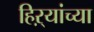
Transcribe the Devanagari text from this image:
हिऱ्यांच्या